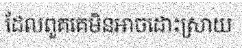
ដែលពួគគេមិនអាចដោះស្រាយ